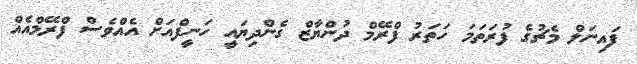
ފައިނަލް މެޗުގެ ފުރަތަމަ ހަތަރު ފްރޭމް ދުންޔާޒް ގެންދިޔައީ ހަނީފްއަށް އެއްވެސް ފްރޭމްއެއް